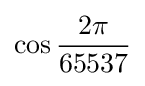
\cos {\frac {2\pi }{65537}}